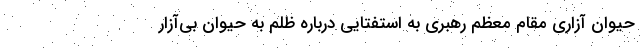
حیوان آزاری مقام معظم رهبری به استفتایی درباره ظلم به حیوان بی‌آزار